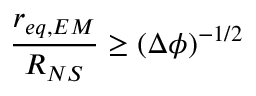
\frac { r _ { e q , E M } } { R _ { N S } } \geq ( \Delta \phi ) ^ { - 1 / 2 }